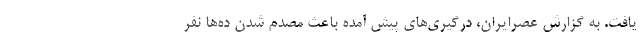
یافت. به گزارش عصرایران، درگیری‌های پیش آمده باعث مصدم شدن ده‌ها نفر